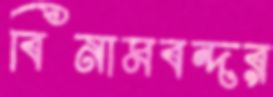
বিনামবন্দর